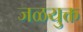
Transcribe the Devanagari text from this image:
जळयुक्त